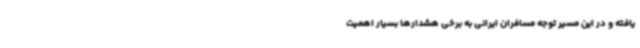
یافته و در این مسیر توجه مسافران ایرانی به برخی هشدارها بسیار اهمیت